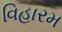
વિહારમ